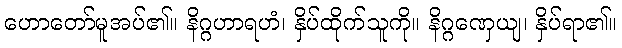
ဟောတော်မူအပ်၏။ နိဂ္ဂဟာရဟံ၊ နှိပ်ထိုက်သူကို။ နိဂ္ဂဏှေယျ၊ နှိပ်ရာ၏။